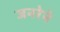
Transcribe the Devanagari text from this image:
जनरेने